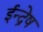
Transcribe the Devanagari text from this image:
ईन्द्रेष